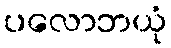
ပလောဘယုံ